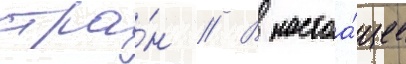
стра́н // В настоа́щее